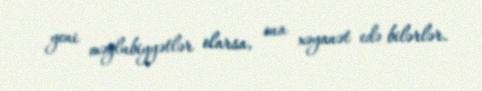
yeni məğlubiyyətlər olarsa, ona xəyanət edə bilərlər.